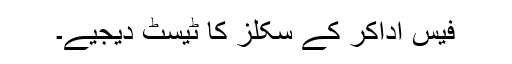
فیس اداکر کے سکلز کا ٹیسٹ دیجیے۔